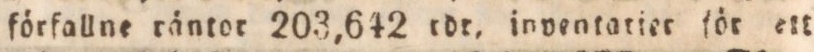
förfallne räntor 203,642 rdr. inventatiet för ett